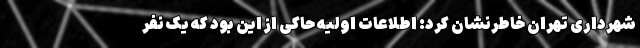
شهرداری تهران خاطرنشان کرد: اطلاعات اولیه حاکی از این بود که یک نفر